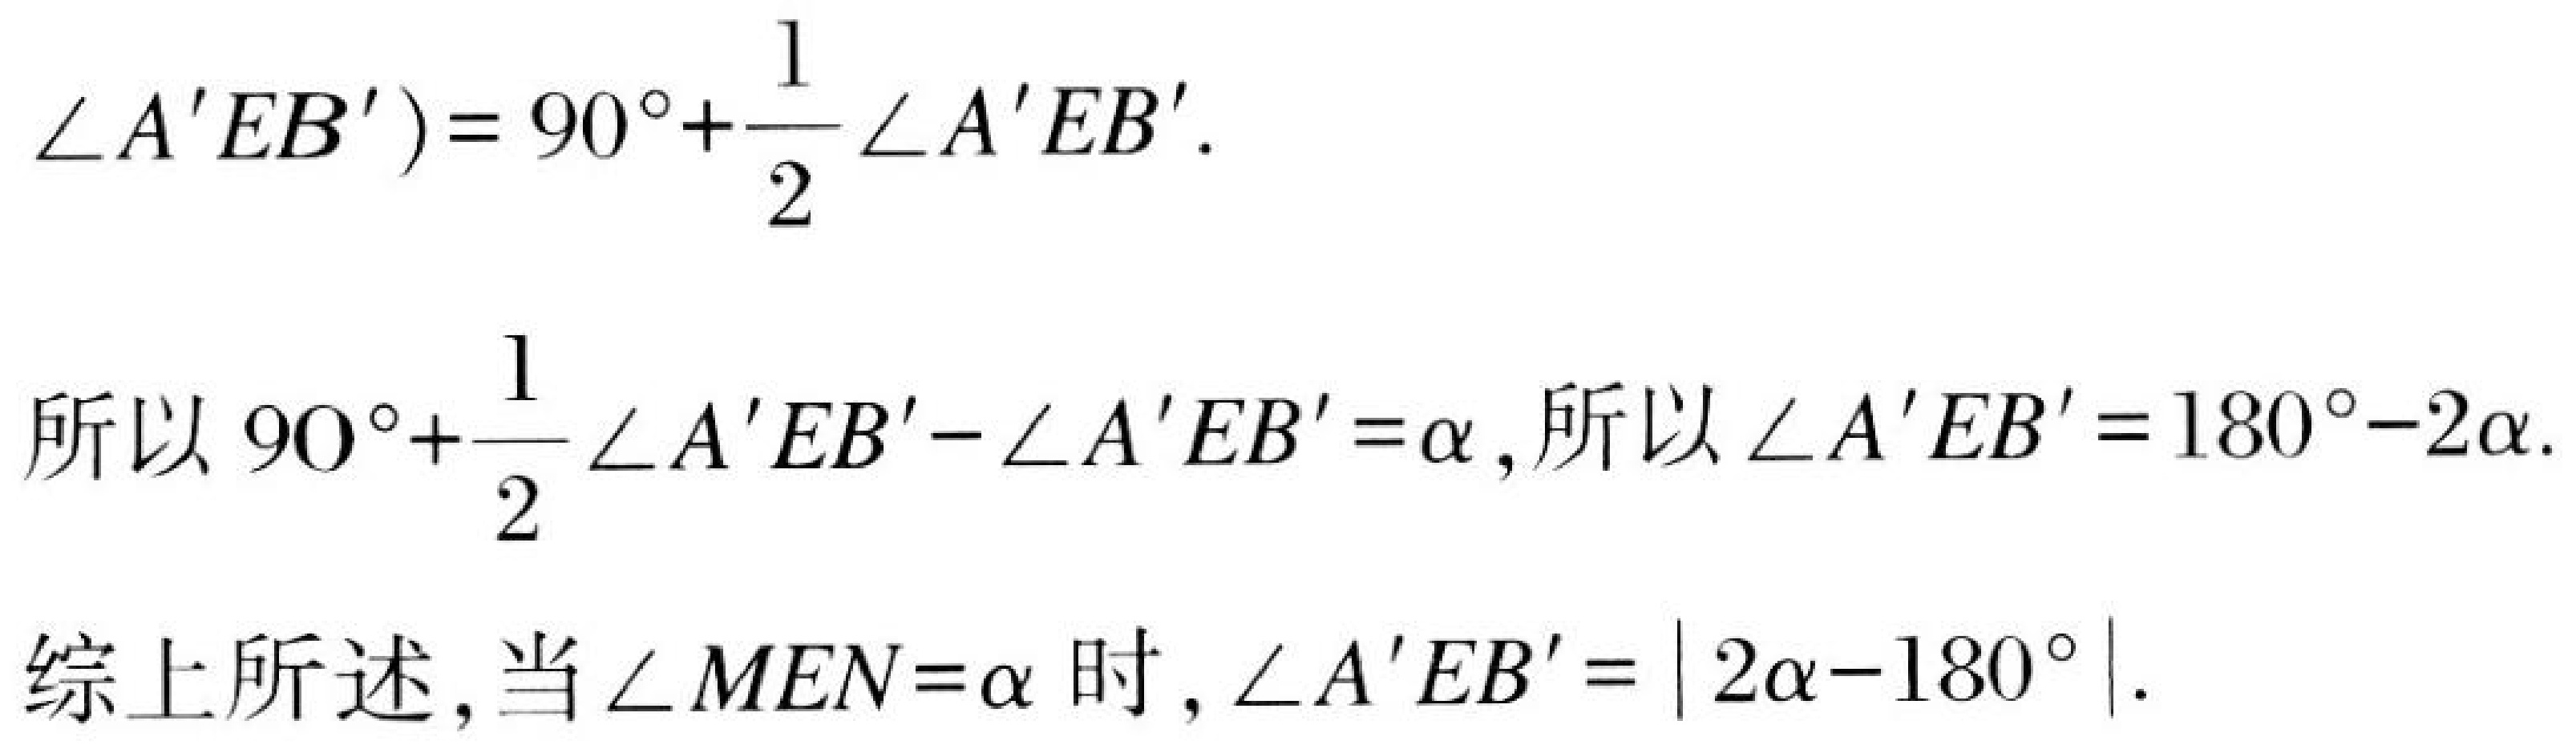
\(\angle A'EB') = 90^{\circ}+\frac{1}{2}\angle A'EB'\).
所以 \(90^{\circ}+\frac{1}{2}\angle A'EB'-\angle A'EB'=\alpha\), 所以 \(\angle A'EB' = 180^{\circ}-2\alpha\).
综上所述,当 \(\angle MEN=\alpha\) 时, \(\angle A'EB'=\vert2\alpha - 180^{\circ}\vert\).